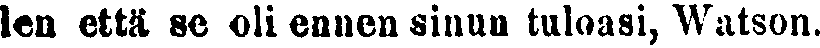
len että se oli ennen sinun tuloasi, Watson.